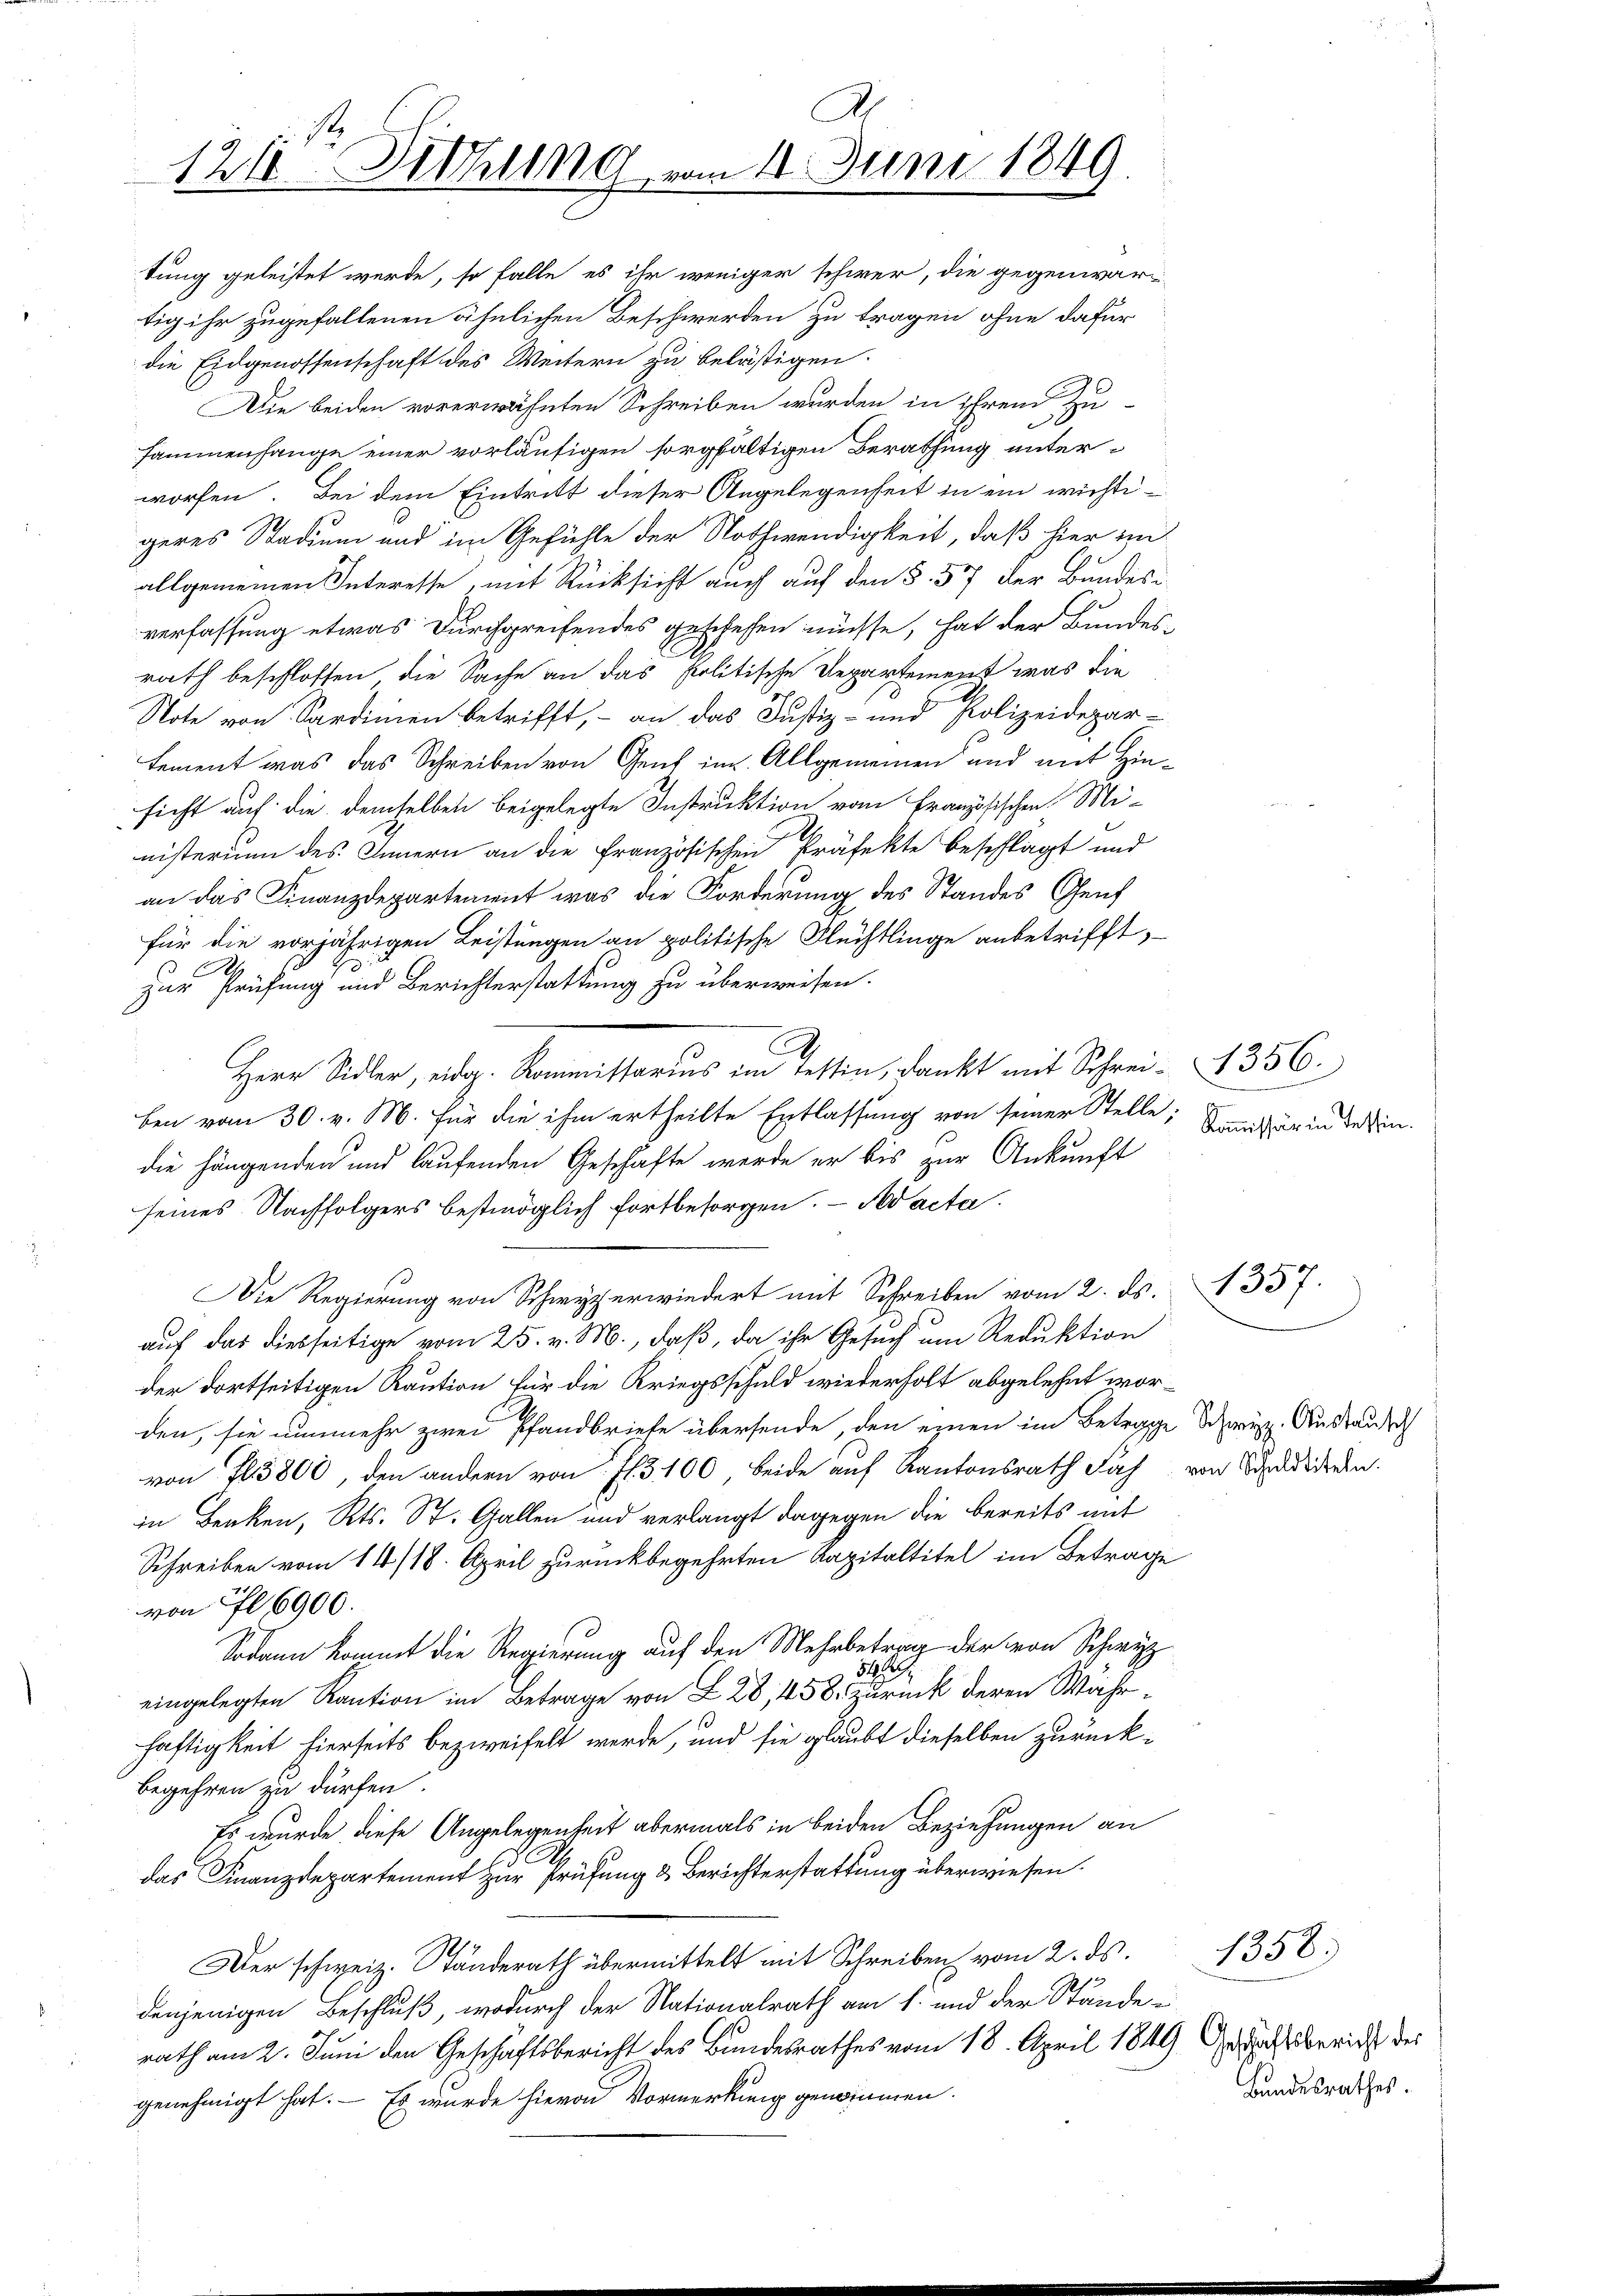
1218. Jung vom 11. Juni 1849.

tung geleistet werde, so falle es ihr weniger schwer, die gegenwärtig ihr zugefallenen ähnlichen Beschwerden zu tragen ohne dafür
die Eidgenossenschaft des Weitern zu belästigen.
Die beiden vorerwähnten Schreiben wurden in ihrem Zusammenhange einer vorläufigen sorgfältigen Berathung unterworfen. Bei dem Eintritt dieser Angelegenheit in ein wichtigeres Stadium und im Gefühle der Nothwendigkeit, daß hier im
allgemeinen Interesse, mit Rücksicht auch auf den §. 57 der Bundes-
verfassung etwas Durchgreifendes geschehen müsse, hat der Bundes-
rath beschlossen, die Sache an das Politische Departement, was die
Note von Sardinien betrifft, - an das Justiz- und Polizeidepartement was das Schreiben von Genf im Allgemeinen und mit Hinsicht auf die demselben beigelegte Instruktion vom Französischen Mi-
nisterium des Innern an die Französischen Präfekte beschlägt und
an das Finanzdepartement was die Forderung des Standes Genf
für die vorjährigen Leistungen an politische Flüchtlinge anbetrifft,
E
zur Prüfung und Berichterstattung zu überweisen.
A
Herr Sidler, eidg. Kommissarius im Tessin, dankt mit Schrei- 1356.
ben vom 30. v. M. für die ihm ertheilte Entlassung von seiner Stelle,
die hängenden und laufenden Geschäfte werde er bis zur Ankunft
seines Nachfolgers bestmöglich fortbesorgen. – N acta.
Die Regierung von Schwyzerwiedert mit Schreiben vom 2. ds.
auf das diesseitige vom 25. v. M., daß, da ihr Gesuch um Reduktion
der dortseitigen Raution für die Kriegsschuld wiederholt abgelehnt worden, sie nunmehr zwei Pfandbriefe übersende, den einen im Betrage Schwyz. Auslause
von fl 5800, den andern von fl. 3100 beide auf Kantonsrath Sach von Schaden.
in Benken, Kts. St. Gallen und verlangt dagegen die bereits mit
Schreiben vom 14/18. April zurückbegehrten Kapitaltitel im Betrage
von fl 6900.
Sodann kommt die Regierung auf den Mehrbetrag der von Schwyz
h
d
eingelegten Kaution im Betrage von L 28, 458. Zurück deren Währ-
haftigkeit hierseits bezweifelt werde, und sie glaubt dieselben zurückbegehren zu dürfen.
Es wurde diese Angelegenheit abermals in beiden Beziehungen an
das Finanzdepartement zur Prüfung & Berichterstattung überwiesen.
Der schweiz. Ständerath übermittelt mit Schreiben vom 2. ds.
denjenigen Beschluß, wodurch der Nationalrath am 1. und der Stände
rath am 2. Juni den Geschäftsbericht des Bundesrathes vom 18. April 1849 gestaatsbericht des
genehmigt hat. — Es wurde hievon Vormerkung gewinnen.

Kommissär in Tessin.

1357.

Bundesrathes.

1358.